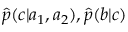
\hat { p } ( c | a _ { 1 } , a _ { 2 } ) , \hat { p } ( b | c )